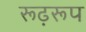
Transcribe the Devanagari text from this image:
रूढ़रूप